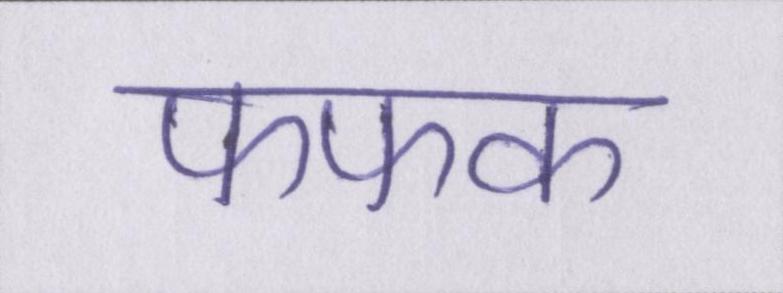
फफक